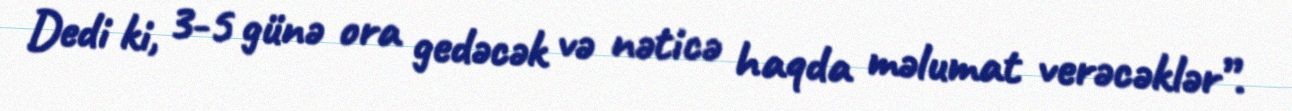
Dedi ki, 3-5 günə ora gedəcək və nəticə haqda məlumat verəcəklər”.